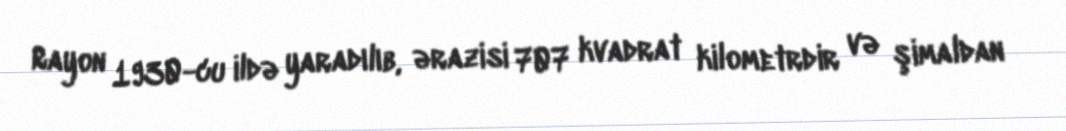
Rayon 1930-cu ildə yaradılıb, ərazisi 707 kvadrat kilometrdir və şimaldan